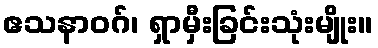
ဧသနာဝဂ်၊ ရှာမှီးခြင်းသုံးမျိုး။